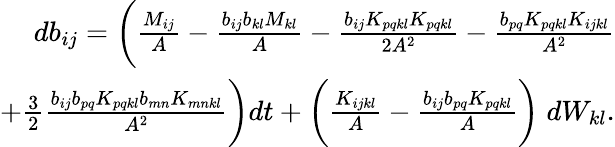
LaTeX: \begin{array}{r}{db_{ij}=\bigg(\frac{M_{ij}}{A}-\frac{b_{ij}b_{kl}M_{kl}}{A}-\frac{b_{ij}K_{pqkl}K_{pqkl}}{2A^{2}}-\frac{b_{pq}K_{pqkl}K_{ijkl}}{A^{2}}}\\ {+\frac{3}{2}\frac{b_{ij}b_{pq}K_{pqkl}b_{mn}K_{mnkl}}{A^{2}}\bigg)dt+\bigg(\frac{K_{ijkl}}{A}-\frac{b_{ij}b_{pq}K_{pqkl}}{A}\bigg)\; dW_{kl}.}\end{array}